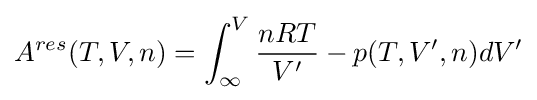
A^{res}(T,V,n)=\int _{\infty }^{V}{\frac {nRT}{V'}}-p(T,V',n)dV'